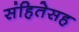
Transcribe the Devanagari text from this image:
संहितेसह